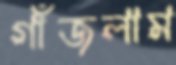
গাঁজলাম